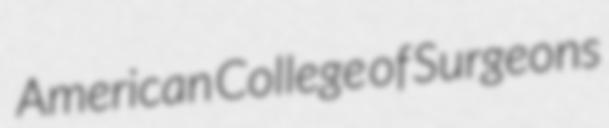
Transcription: American College of Surgeons